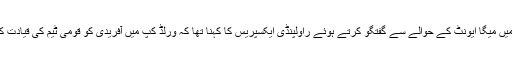
ایک انٹرویو میں میگا ایونٹ کے حوالے سے گفتگو کرتے ہوئے راولپنڈی ایکسپریس کا کہنا تھا کہ ورلڈ کپ میں آفریدی کو قومی ٹیم کی قیادت کرنی چاہیئے۔